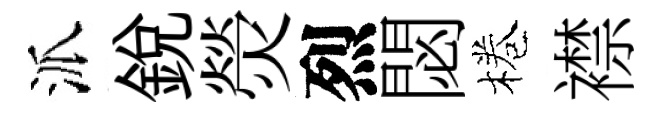
派銳熒烈閟棬襟